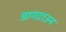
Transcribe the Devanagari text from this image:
डागटाउन